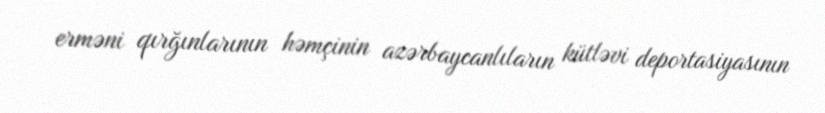
erməni qırğınlarının həmçinin azərbaycanlıların kütləvi deportasiyasının